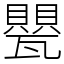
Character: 甖